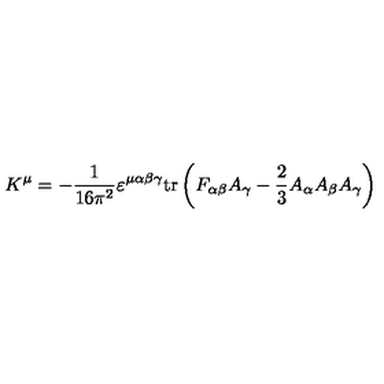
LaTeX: K ^ { \mu } = - \frac { 1 } { 1 6 \pi ^ { 2 } } \varepsilon ^ { \mu \alpha \beta \gamma } \mathrm { t r } \left( F _ { \alpha \beta } A _ { \gamma } - \frac { 2 } { 3 } A _ { \alpha } A _ { \beta } A _ { \gamma } \right) \,